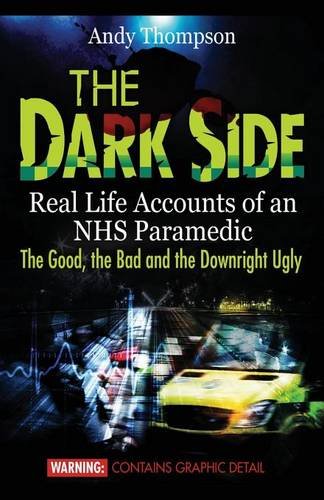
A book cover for The Dark Side: Real Life Accounts of an NHS Paramedic the Good, the Bad and the Downright Ugly; Andy Thompson; Medical Books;